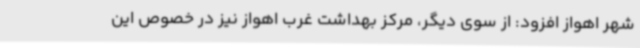
شهر اهواز افزود: از سوی دیگر، مرکز بهداشت غرب اهواز نیز در خصوص این